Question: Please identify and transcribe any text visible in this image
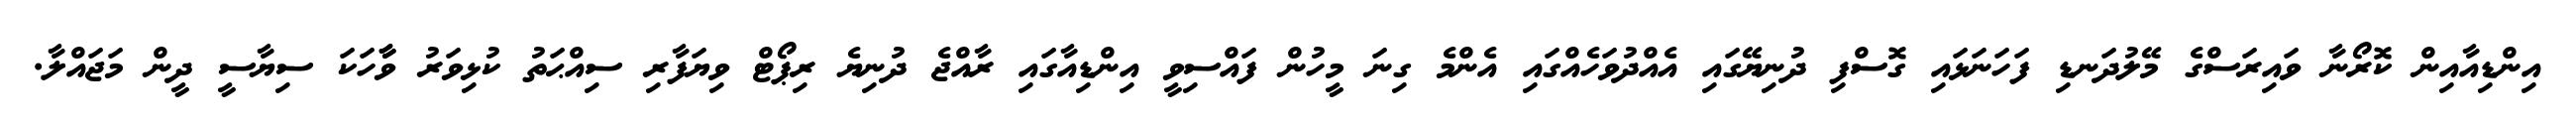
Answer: އިންޑިއާއިން ކޮރޯނާ ވައިރަސްގެ މޭލުދަނޑި ފަހަނަޅައި ގޮސްފި ދުނިޔޭގައި އެއްދުވަހެއްގައި އެންމެ ގިނަ މީހުން ފައްސިވީ އިންޑިއާގައި ރާއްޖެ ދުނިޔެ ރިޕޯޓް ވިޔަފާރި ސިއްޙަތު ކުޅިވަރު ވާާހަކަ ސިޔާސީ ދީން މަޖައްލާ.